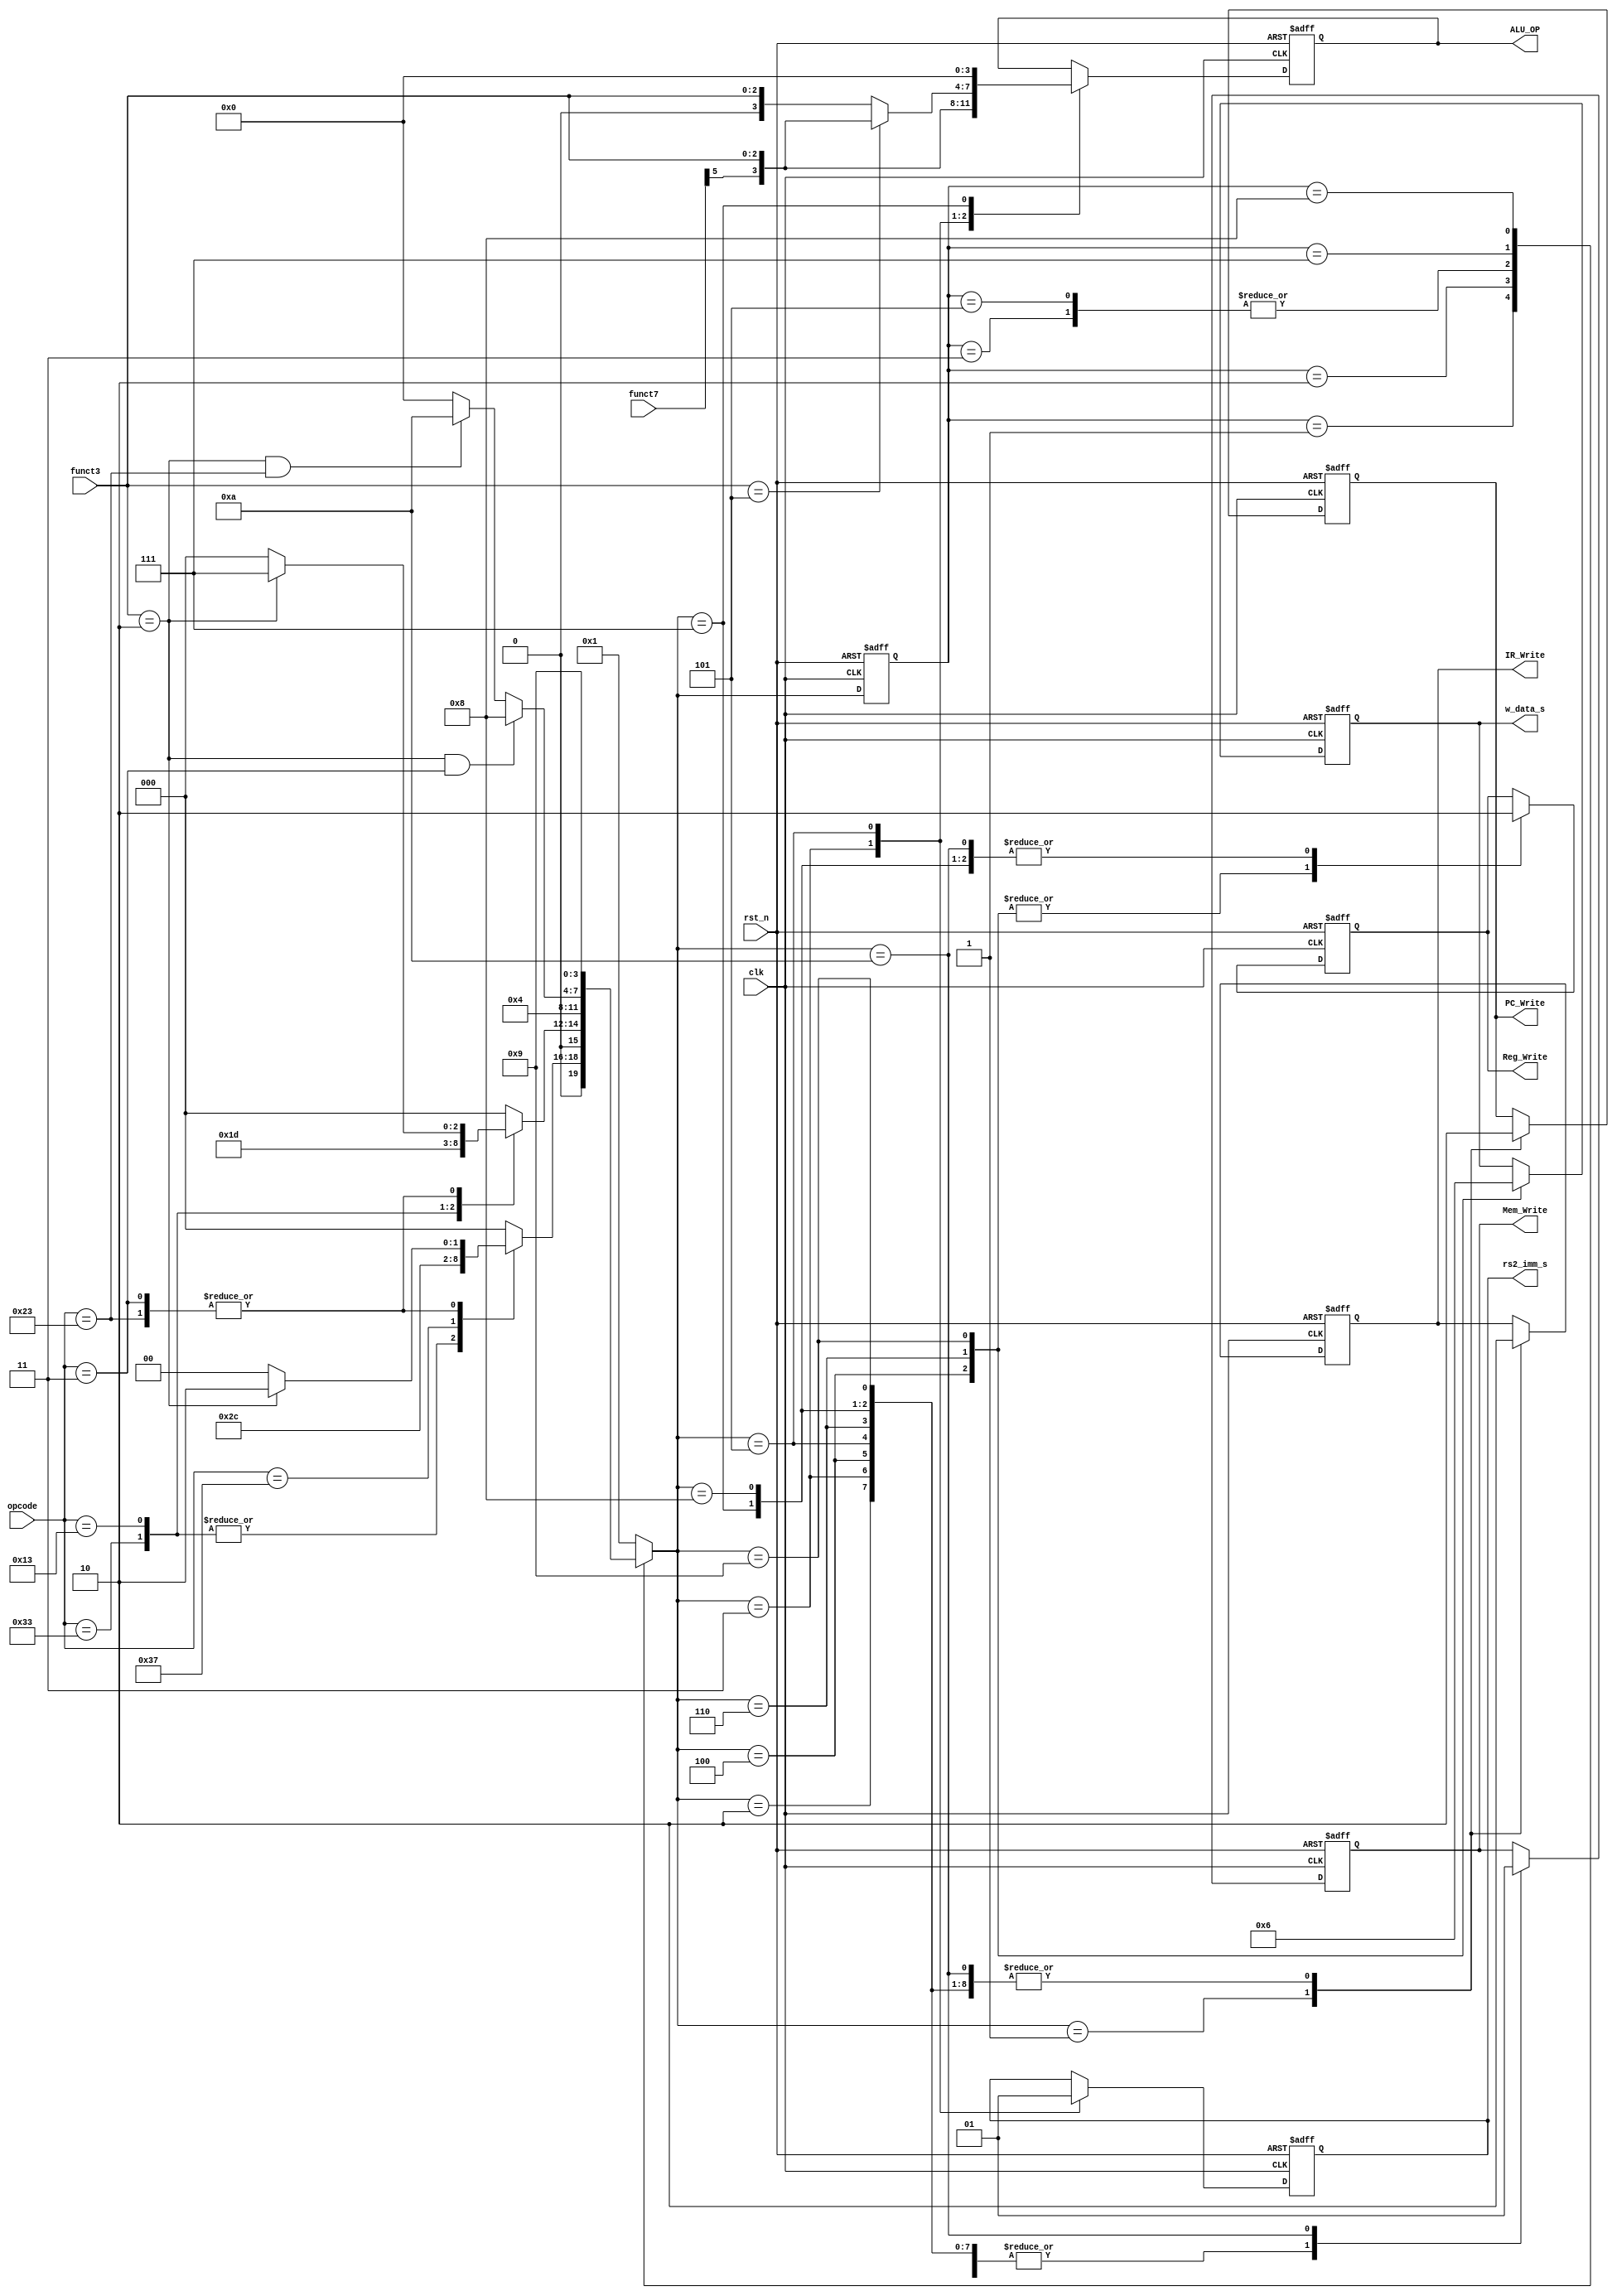
module CU(
    input [6:0] opcode,
    input [2:0] funct3,
    input [6:0] funct7,
    input rst_n,
    input clk,
    output reg [3:0] ALU_OP,
    output reg rs2_imm_s,
    output reg [1:0] w_data_s,
    output reg Reg_Write,
    output reg IR_Write,
    output reg PC_Write,
    output reg Mem_Write
);

reg [3:0] ST; // 

// 
parameter Idle = 4'b0000; // 
parameter S1 = 4'b0001;
parameter S2 = 4'b0010;
parameter S3 = 4'b0011;
parameter S4 = 4'b0100;
parameter S5 = 4'b0101;
parameter S6 = 4'b0110;
// 9
parameter S7 = 4'b0111;
parameter S8 = 4'b1000;
parameter S9 = 4'b1001;
parameter S10 = 4'b1010;

reg [3:0] Next_ST; //

initial begin
    ST <= Idle;
end


always @(negedge rst_n or posedge clk)
begin 
    if (!rst_n) begin
        ST <= Idle;
    end
    else begin
        ST <= Next_ST;
    end
end

always @(*)
begin
    Next_ST <= Idle;
    case (ST) 
        S1: begin
            case (opcode)
                7'b0010011: begin
                    Next_ST <= S2;
                end
                7'b0110011: begin
                    Next_ST <= S2;
                end
                7'b0110111: begin
                    Next_ST <= S6;
                end
                7'b0000011: begin
                    if (funct3==3'b010) begin  // lw
                        Next_ST <= S2;
                    end else begin  // other
                        Next_ST <= Idle;
                    end
                end
                7'b0100011: begin
                    if (funct3==3'b010) begin  // sw
                        Next_ST <= S2;
                    end else begin  // other
                        Next_ST <= Idle;
                    end
                end
                default:
                    Next_ST <= Idle;
            endcase
        end
        S2: begin
            case (opcode)
                7'b0110011: begin
                    Next_ST <= S3;
                end
                7'b0010011: begin
                    Next_ST <= S5;
                end
                7'b0000011: begin
                    if (funct3==3'b010) begin  // lw
                        Next_ST <= S7;
                    end else begin  // other
                        Next_ST <= Idle;
                    end
                end
                7'b0100011: begin
                    if (funct3==3'b010) begin  // sw
                        Next_ST <= S7;
                    end else begin  // other
                        Next_ST <= Idle;
                    end
                end

                default:
                    Next_ST <= Idle;
            endcase
        end
        S3: begin
            Next_ST <= S4;
        end
        S4: begin
            Next_ST <=S1;
        end
        S5: begin
            Next_ST <=S4;
        end
        S6: begin
            Next_ST <=S1;
        end
        S7: begin
            if (funct3==3'b010 && opcode==7'b0000011) begin  // lw
                Next_ST <= S8;
            end else if ( funct3==3'b010 && opcode==7'b0100011 ) begin  // sw
                Next_ST <= S10;
            end else begin
                Next_ST <= Idle;
            end
        end
        S8: begin
            Next_ST <= S9;
        end
        S9: begin
            Next_ST <= S1;
        end
        S10: begin
            Next_ST <= S1;
        end
        default begin
            Next_ST <= S1;
        end 
    endcase
end

always @(negedge rst_n or posedge clk)
begin
    if (!rst_n) begin
        PC_Write <= 1'b0;
        IR_Write <= 1'b0;
        Reg_Write <= 1'b0;
        w_data_s <= 2'b00;
        rs2_imm_s <= 1'b0;
        ALU_OP <= 4'b0;
        Mem_Write <= 1'b0;
    end else begin
        case (Next_ST)
            S1:begin
                PC_Write <= 1'b1;
                IR_Write <= 1'b1;
                Reg_Write <= 1'b0;
                Mem_Write <= 1'b0;
            end
            S2:begin
                PC_Write <= 1'b0;
                IR_Write <= 1'b0;
                Reg_Write <= 1'b0;
                Mem_Write <= 1'b0;
            end
            S3:begin
                PC_Write <= 1'b0;
                IR_Write <= 1'b0;
                Reg_Write <= 1'b0;
                rs2_imm_s <= 1'b0;
                ALU_OP <= {funct7[5], funct3};
                Mem_Write <= 1'b0;
            end
            S4:begin
                PC_Write <= 1'b0;
                IR_Write <= 1'b0;
                Reg_Write <= 1'b1;
                w_data_s <= 2'b00;
                Mem_Write <= 1'b0;
            end
            S5:begin
                PC_Write <= 1'b0;
                IR_Write <= 1'b0;
                Reg_Write <= 1'b0;
                rs2_imm_s <= 1'b1;
                Mem_Write <= 1'b0;
                if (funct3==3'b101) begin
                    ALU_OP <= {funct7[5],funct3};                    
                end
                else begin
                  ALU_OP<={1'b0,funct3};
                end
            end
            S6:begin
                PC_Write <= 1'b0;
                IR_Write <= 1'b0;
                Reg_Write <= 1'b1;
                w_data_s <= 2'b01;
                Mem_Write <= 1'b0;
            end
            S7:begin
                PC_Write <= 1'b0;
                IR_Write <= 1'b0;
                Reg_Write <= 1'b0;
                ALU_OP <= 4'b0000;
                Mem_Write <= 1'b0;
            end
            S8:begin
                PC_Write <= 1'b0;
                IR_Write <= 1'b0;
                Reg_Write <= 1'b0;
                Mem_Write <= 1'b0;
            end
            S9:begin
                PC_Write <= 1'b0;
                IR_Write <= 1'b0;
                Reg_Write <= 1'b1;
                Mem_Write <= 1'b0;
                w_data_s <= 2'b10;
            end
            S10:begin
                PC_Write <= 1'b0;
                IR_Write <= 1'b0;
                Reg_Write <= 1'b0;
                Mem_Write <= 1'b1;
            end
        endcase
    end
end
endmodule